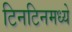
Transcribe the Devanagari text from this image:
टिनटिनमध्ये